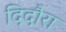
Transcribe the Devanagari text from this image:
दिदौरा